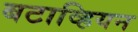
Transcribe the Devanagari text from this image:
बटाव्हियन